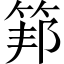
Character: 𥮇